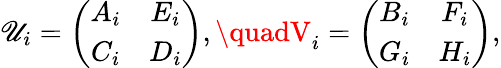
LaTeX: \mathscr{U}_{i}=\left(\begin{array}{cc}{{A_{i}}}&{{E_{i}}}\\ {{C_{i}}}&{{D_{i}}}\end{array}\right),\quadV_{i}=\left(\begin{array}{cc}{{B_{i}}}&{{F_{i}}}\\ {{G_{i}}}&{{H_{i}}}\end{array}\right),